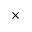
\times